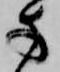
方